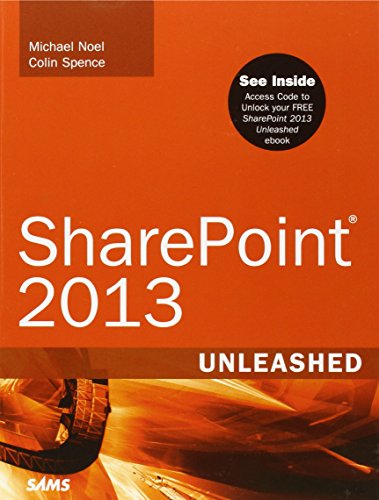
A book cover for SharePoint 2013 Unleashed; Michael Noel; Computers & Technology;